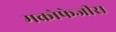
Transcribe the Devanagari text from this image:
मक्रोफेजीस